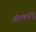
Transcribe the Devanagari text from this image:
अंतश्शत्रु